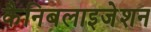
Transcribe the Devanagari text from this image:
कैनिबलाइजेशन